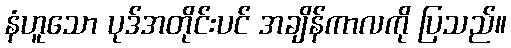
နံဟူသော ပုဒ်အတိုင်းပင် အချိန်ကာလကို ပြသည်။